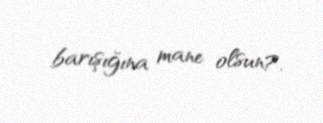
barışığına mane olsun?.